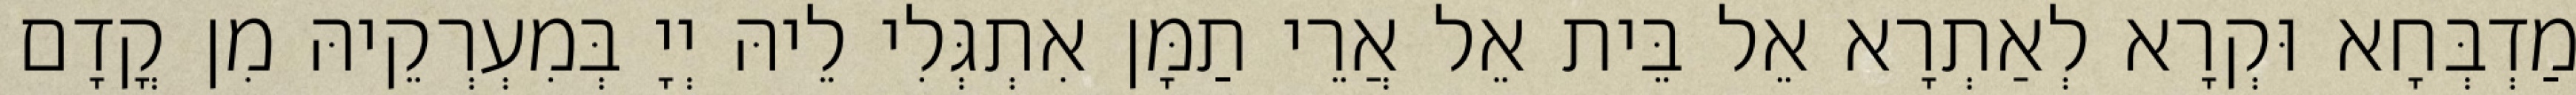
מַדְבְּחָא וּקְרָא לְאַתְרָא אֵל בֵּית אֵל אֲרֵי תַמָּן אִתְגְּלִי לֵיהּ יְיָ בְּמִעְרְקֵיהּ מִן קֳדָם